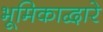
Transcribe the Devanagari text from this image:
भूमिकाद्वारे